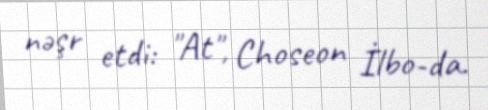
nəşr etdi: "At", Choseon İlbo-da.